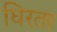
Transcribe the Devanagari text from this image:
घिरता